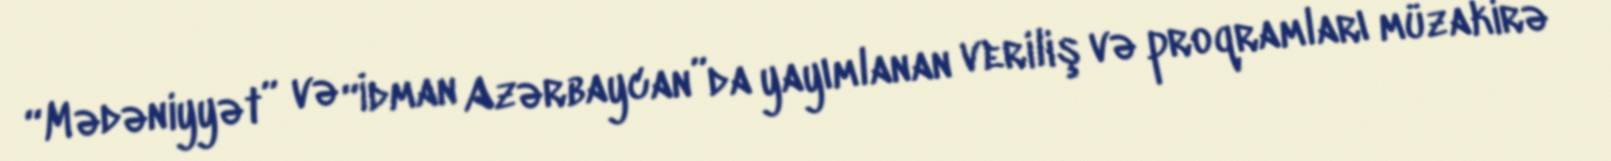
“Mədəniyyət” və “İdman Azərbaycan”da yayımlanan veriliş və proqramları müzakirə